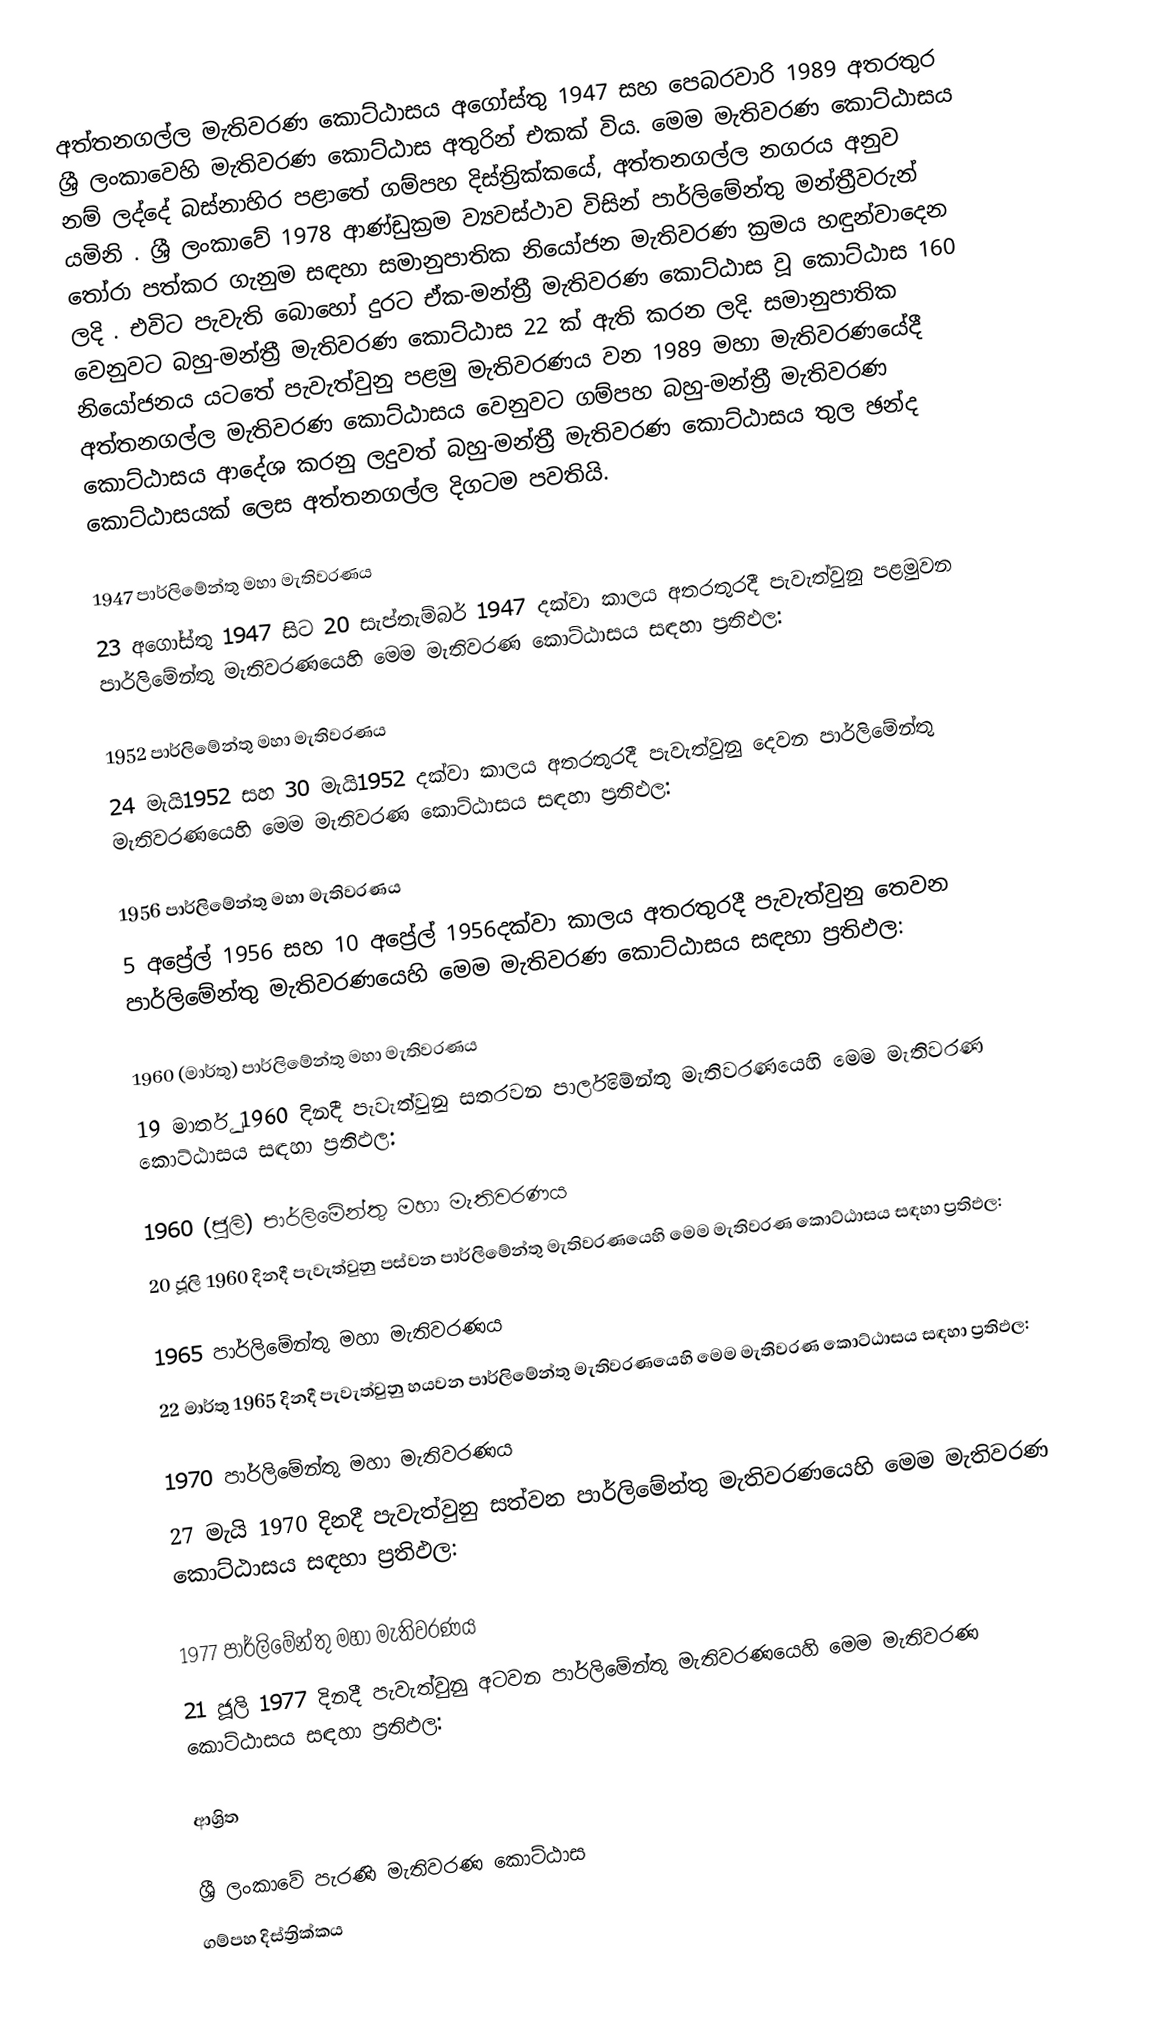
අත්තනගල්ල මැතිවරණ කොට්ඨාසය  අගෝස්තු 1947 සහ පෙබරවාරි 1989 අතරතුර  ශ්‍රී ලංකාවෙහි  මැතිවරණ කොට්ඨාස අතුරින් එකක් විය. මෙම මැතිවරණ කොට්ඨාසය නම් ලද්දේ බස්නාහිර පළාතේ ගම්පහ දිස්ත්‍රික්කයේ,  අත්තනගල්ල නගරය අනුව යමිනි . ශ්‍රී ලංකාවේ 1978 ආණ්ඩුක්‍රම ව්‍යවස්ථාව විසින්   පාර්ලිමේන්තු මන්ත්‍රීවරුන් තෝරා පත්කර ගැනුම සඳහා සමානුපාතික නියෝජන මැතිවරණ ක්‍රමය හඳුන්වාදෙන ලදි . එවිට පැවැති බොහෝ දුරට  ඒක-මන්ත්‍රී මැතිවරණ කොට්ඨාස වූ කොට්ඨාස 160 වෙනුවට බහු-මන්ත්‍රී මැතිවරණ කොට්ඨාස 22 ක් ඇති කරන ලදි. සමානුපාතික නියෝජනය යටතේ පැවැත්වුනු පළමු මැතිවරණය වන 1989 මහා මැතිවරණයේදී  අත්තනගල්ල මැතිවරණ කොට්ඨාසය වෙනුවට ගම්පහ බහු-මන්ත්‍රී මැතිවරණ කොට්ඨාසය  ආදේශ කරනු ලදුවත් බහු-මන්ත්‍රී මැතිවරණ කොට්ඨාසය තුල ඡන්ද කොට්ඨාසයක් ලෙස අත්තනගල්ල දිගටම පවතියි.

1947 පාර්ලිමේන්තු මහා මැතිවරණය
23 අගෝස්තු 1947 සිට 20 සැප්තැම්බර් 1947 දක්වා කාලය අතරතුරදී පැවැත්වුනු  පළමුවන පාර්ලිමේන්තු මැතිවරණයෙහි මෙම මැතිවරණ කොට්ඨාසය සඳහා ප්‍රතිඵල:

1952 පාර්ලිමේන්තු මහා මැතිවරණය
24 මැයි1952 සහ 30 මැයි1952 දක්වා කාලය අතරතුරදී පැවැත්වුනු  දෙවන පාර්ලිමේන්තු මැතිවරණයෙහි මෙම මැතිවරණ කොට්ඨාසය සඳහා ප්‍රතිඵල:

1956 පාර්ලිමේන්තු මහා මැතිවරණය
5 අප්‍රේල් 1956 සහ 10 අප්‍රේල් 1956දක්වා කාලය අතරතුරදී පැවැත්වුනු  තෙවන පාර්ලිමේන්තු මැතිවරණයෙහි මෙම මැතිවරණ කොට්ඨාසය සඳහා ප්‍රතිඵල:

1960 (මාර්තු) පාර්ලිමේන්තු මහා මැතිවරණය
19 මාර්තු 1960 දිනදී පැවැත්වුනු  සතරවන පාර්ලිමේන්තු මැතිවරණයෙහි මෙම මැතිවරණ කොට්ඨාසය සඳහා ප්‍රතිඵල:

1960 (ජූලි) පාර්ලිමේන්තු මහා මැතිවරණය
20 ජූලි 1960 දිනදී පැවැත්වුනු  පස්වන පාර්ලිමේන්තු මැතිවරණයෙහි මෙම මැතිවරණ කොට්ඨාසය සඳහා ප්‍රතිඵල:

1965 පාර්ලිමේන්තු මහා මැතිවරණය
22 මාර්තු 1965  දිනදී පැවැත්වුනු  හයවන පාර්ලිමේන්තු මැතිවරණයෙහි මෙම මැතිවරණ කොට්ඨාසය සඳහා ප්‍රතිඵල:

1970 පාර්ලිමේන්තු මහා මැතිවරණය
27 මැයි 1970 දිනදී පැවැත්වුනු  සත්වන පාර්ලිමේන්තු මැතිවරණයෙහි මෙම මැතිවරණ කොට්ඨාසය සඳහා ප්‍රතිඵල:

1977 පාර්ලිමේන්තු මහා මැතිවරණය
21 ජූලි 1977 දිනදී පැවැත්වුනු  අටවන පාර්ලිමේන්තු මැතිවරණයෙහි මෙම මැතිවරණ කොට්ඨාසය සඳහා ප්‍රතිඵල:

ආශ්‍රිත

ශ්‍රී ලංකාවේ පැරණි මැතිවරණ කොට්ඨාස
ගම්පහ දිස්ත්‍රික්කය